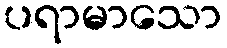
ပရာမာသော